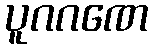
ပူဂဂဏေ